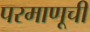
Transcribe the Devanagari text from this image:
परमाणूची